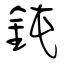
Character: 鈍